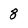
Character: 8